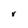
Character: r